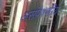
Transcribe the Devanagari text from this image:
असंप्रेषणीय